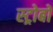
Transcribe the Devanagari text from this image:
स्ट्रोबों